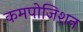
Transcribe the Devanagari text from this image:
कमपोजिशन